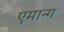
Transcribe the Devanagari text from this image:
एमान्ग